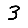
Digit: 3